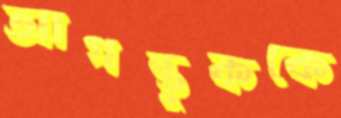
আগন্তুককে